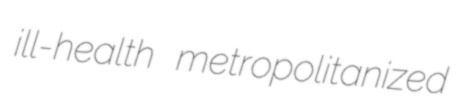
ill-health metropolitanized